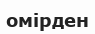
омірден